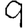
Digit: 9